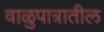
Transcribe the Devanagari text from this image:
वाळुपात्रातील